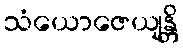
သံယောဇေယျန္တိ